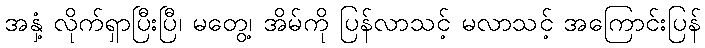
အနှံ့ လိုက်ရှာပြီးပြီ၊ မတွေ့၊ အိမ်ကို ပြန်လာသင့် မလာသင့် အကြောင်းပြန်